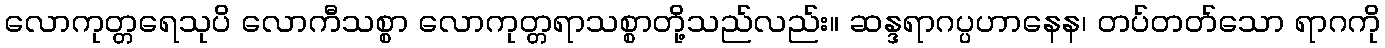
လောကုတ္တရေသုပိ လောကီသစ္စာ လောကုတ္တရာသစ္စာတို့သည်လည်း။ ဆန္ဒရာဂပ္ပဟာနေန၊ တပ်တတ်သော ရာဂကို